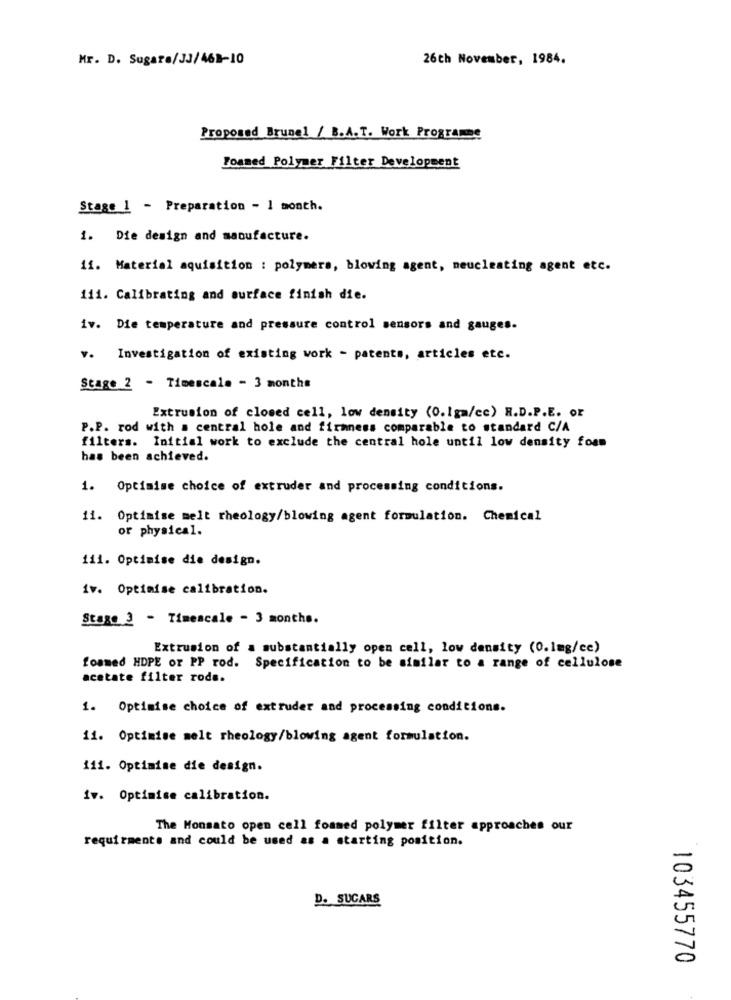
Mr. D. Sugara/JJ/468-10
26th November, 1984.
Proposed Brunel / B.A.T. Work Programme
Foamed Polymer Filter Development
Stage 1 - Preparation - 1 month.
1. Die design and manufacture.
11. Material aquisition : polymers, blowing agent, neucleating agent etc.
111. Calibrating and surface finish die.
iv. Die temperature and pressure control sensors and gauges.
v. Investigation of existing work - patents, articles etc.
Stage 2 - Timescale - 3 months
Extrusion of closed cell, low density (0.1gm/cc) R.D.P.E. or
P.P. rod with a central hole and firmness comparable to standard C/A
filters. Initial work to exclude the central hole until low density foam
has been achieved.
1. Optimise choice of extruder and processing conditions.
11. Optimise melt rheology/blowing agent formulation. Chemical
or physical.
111. Optimise die design.
iv. Optimise calibration.
Stage 3 - Timescale - 3 months.
Extrusion of a substantially open cell, low density (0.1mg/ce)
foamed HDPE or PP rod. Specification to be similar to a range of cellulose
acetate filter rode.
1. Optimise choice of extruder and processing conditions.
11. Optimise melt rheology/blowing agent formulation.
111. Optimise die design.
iv. Optimise calibration.
The Monsato open cell foamed polymer filter approaches our
requirments and could be used as a starting position.
-
D. SUGARS
0
103455770